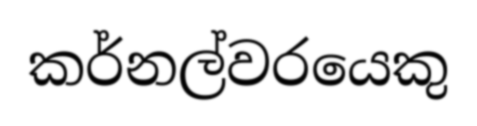
කර්නල්වරයෙකු